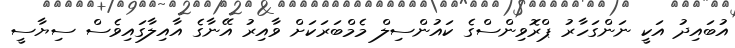
އުބައިދު އަކީ ނަންގަހާރު ޕްރޮވިންސްގެ ކައުންސިލް މެމްބަރަކަށް ވާއިރު އޭނާގެ އާއިލާގައިވެސް ސިޔާސީ